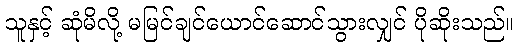
သူနှင့် ဆုံမိလို့ မမြင်ချင်ယောင်ဆောင်သွားလျှင် ပိုဆိုးသည်။